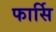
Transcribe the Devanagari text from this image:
फार्सि